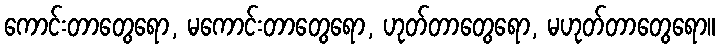
ကောင်းတာတွေရော, မကောင်းတာတွေရော, ဟုတ်တာတွေရော, မဟုတ်တာတွေရော။